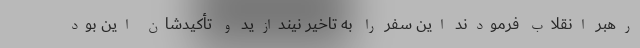
رهبر انقلاب فرمودند این سفر را به تاخیر نیندازید و تأکیدشان این بود